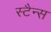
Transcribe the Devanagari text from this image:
स्टैन्स